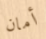
أمان